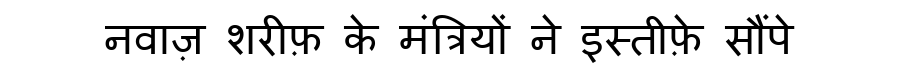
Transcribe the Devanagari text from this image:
नवाज़ शरीफ़ के मंत्रियों ने इस्तीफ़े सौंपे